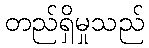
တည်ရှိမှုသည်